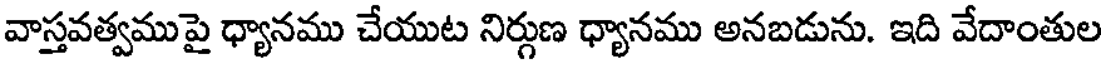
వాస్తవత్వముపై ధ్యానము చేయుట నిర్గుణ ధ్యానము అనబడును. ఇది వేదాంతుల